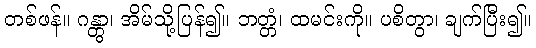
တစ်ဖန်။ ဂန္တွာ၊ အိမ်သို့ပြန်၍။ ဘတ္တံ၊ ထမင်းကို။ ပစိတွာ၊ ချက်ပြီး၍။